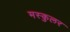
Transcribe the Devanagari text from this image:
मस्कुलर